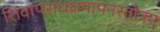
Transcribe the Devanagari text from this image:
शिवापराधक्षमापनस्तोत्रम्